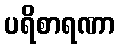
ပရိစာရဏာ